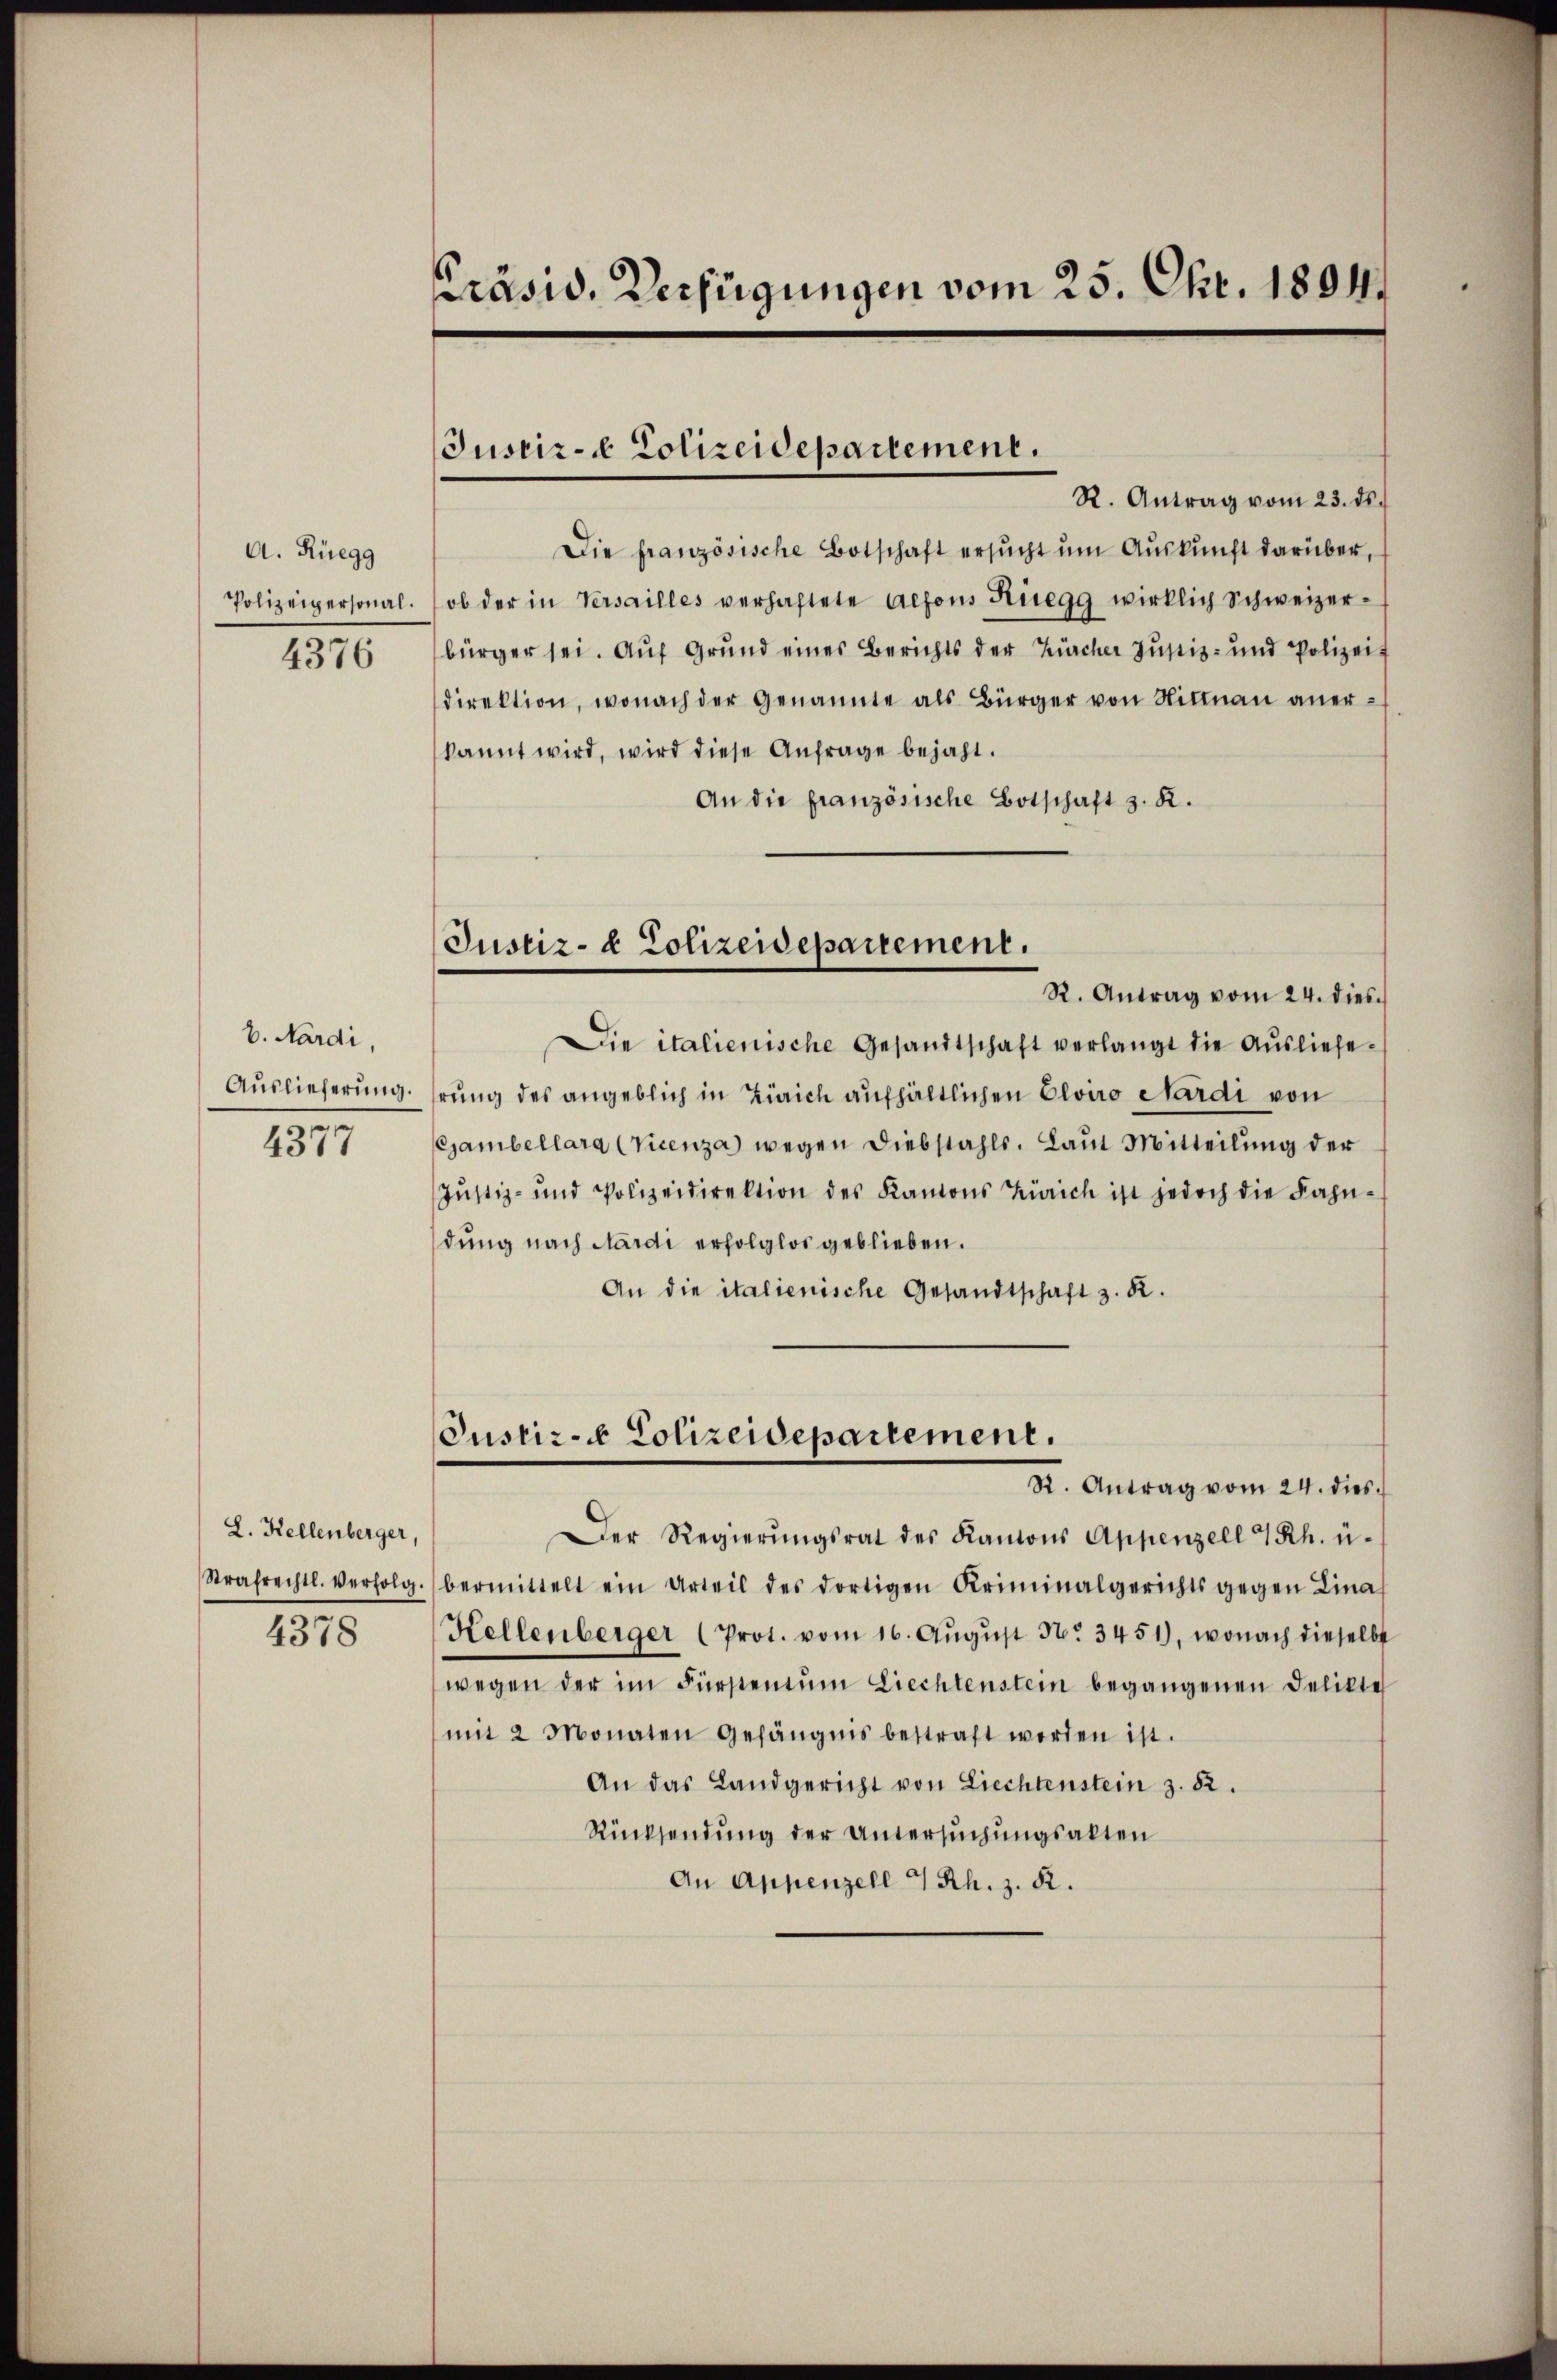
A. Rüegg
Polizeipersonal.
4376

V. Nardi,
Auslieferung.
4377

L. Kellenberger,
Strafrechtl. verfolg

4378

Präsid. Verfügungen vom 25. Okt. 1804.

Justiz- & Polizeidepartement.

Justiz- & Polizeidepartement.

R. Antrag vom 23. ds.
Die französische Botschaft ersŭcht ŭm Aŭskŭnft darüber,
ob der in Versailles verhaftete Alfons Rüegg wirklich Schweizerbürger sei. Auf Grund eines Berichts der Zürcher Justiz- und Polizeit
direktion, wonach der Genannte als Bürger von Hittnau aner-
kannt wird, wird diese Anfrage bejaht.
An die französische Botschaft z. R.
R. Antrag vom 24. dies
Die italienische Gesandtschaft verlangt die Ausliefehrung des angeblich in Zürich aufhältlichen Clono Sardi von
Gambellara (Vicenza wegen Diebstahls. Laut Mitteilung der
Jŭstiz- und Polizeidirektion des Kantons Zürich ist jedoch die Fahn-
dung nach Sardi erfolglos geblieben.
An die italienische Gesandtschaft z. R.
Justiz- & Polizeidepartement.
Kt. Antrag vom 24. dies
er Regierŭngsrat des Kantons Appenzell 4 Rh. ü
bermittelt ein Urteil des dortigen Kriminalgerichts gegen Lina
Kellenberger (Prot. vom 16. Aŭgŭst No 3451), wonach dieselbe
wegen der im Fürstentum Liechtenstein begangenen Delikte
mit 2 Monaten Gefängnis bestraft worden ist.
An das Landgericht von Liechtenstein z. 82.
Rücksendung der Untersŭchŭngsalten
An Appenzell 7 Rh. z. R.